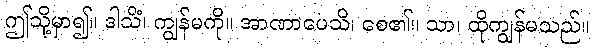
ဤသို့မှာ၍။ ဒါသိံ၊ ကျွန်မကို။ အာဏာပေသိ၊ စေ၏။ သာ၊ ထိုကျွန်မသည်။